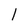
Character: l